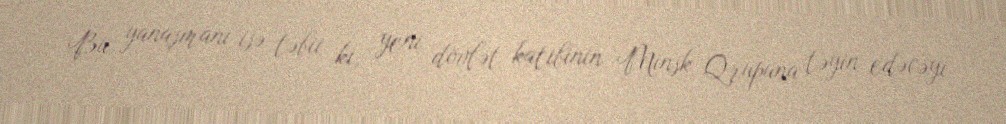
Bu yanaşmanı isə təbii ki, yeni dövlət katibinin Minsk Qrupuna təyin edəcəyi